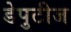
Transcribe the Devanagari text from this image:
डेपुटीज